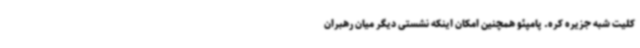
کلیت شبه جزیره کره. پامپئو همچنین امکان اینکه نشستی دیگر میان رهبران